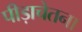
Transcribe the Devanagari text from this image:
पीड़ाचेतना